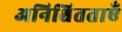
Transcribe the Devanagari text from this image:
अनिश्चितताएँ